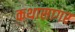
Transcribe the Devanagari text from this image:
कथासागर